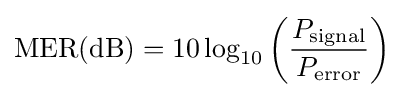
\mathrm {MER(dB)} =10\log _{10}\left({P_{\mathrm {signal} } \over P_{\mathrm {error} }}\right)